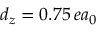
d _ { z } = 0 . 7 5 \, e a _ { 0 }